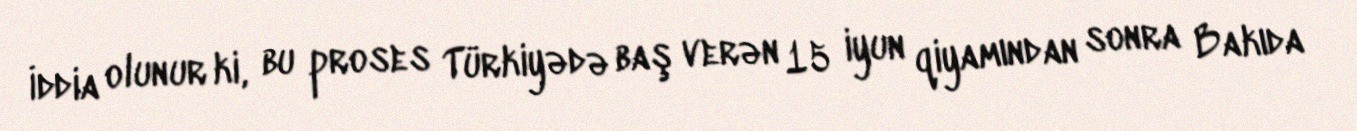
İddia olunur ki, bu proses Türkiyədə baş verən 15 iyun qiyamından sonra Bakıda